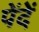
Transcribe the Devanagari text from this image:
पेंदें